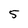
Character: 5